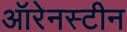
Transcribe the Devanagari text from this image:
ऑरेनस्टीन